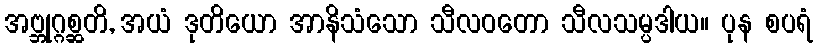
အဗ္ဘုဂ္ဂစ္ဆတိ, အယံ ဒုတိယော အာနိသံသော သီလဝတော သီလသမ္ပဒါယ။ ပုန စပရံ